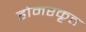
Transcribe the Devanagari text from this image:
होमरकृत